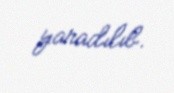
yaradılıb.